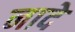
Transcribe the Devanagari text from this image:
नादे